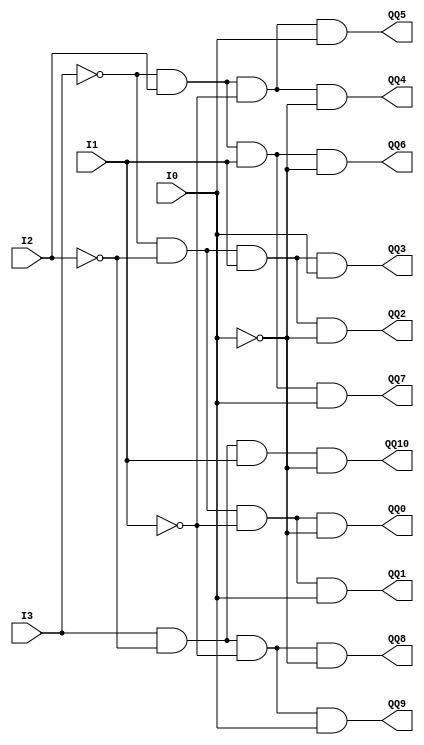
// 11 to 4 Decoder

module Decoder4to11 (I0, I1, I2, I3, QQ0, QQ1, QQ2, QQ3, QQ4, QQ5, QQ6, QQ7, QQ8, QQ9, QQ10);
input I0, I1, I2, I3;
output QQ0, QQ1, QQ2, QQ3, QQ4, QQ5, QQ6, QQ7, QQ8, QQ9, QQ10;

assign QQ0 = ~I3&~I2&~I1&~I0;
assign QQ1 = ~I3&~I2&~I1&I0;
assign QQ2 = ~I3&~I2&I1&~I0;
assign QQ3 = ~I3&~I2&I1&I0;
assign QQ4 = ~I3&I2&~I1&~I0;
assign QQ5 = ~I3&I2&~I1&I0;
assign QQ6 = ~I3&I2&I1&~I0;
assign QQ7 = ~I3&I2&I1&I0;
assign QQ8 = I3&~I2&~I1&~I0;
assign QQ9 = I3&~I2&~I1&I0;
assign QQ10 = I3&~I2&I1&~I0;


endmodule